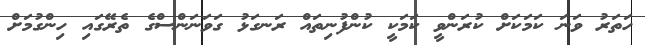
ހަތަރު ވަނަ ކަމަކަށް ކުރަންވީ ކަމަކީ ކުންފުނިތައް ރަނގަޅު ގަވަނަންސްގެ ތެރޭގައި ހިންގުމަށް